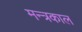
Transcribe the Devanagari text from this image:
मन्त्रकाल